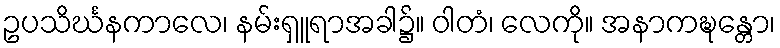
ဥပသိင်္ဃနကာလေ၊ နမ်းရှူရာအခါ၌။ ဝါတံ၊ လေကို။ အနာကဍ္ဎန္တော၊